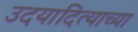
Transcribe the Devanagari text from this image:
उदयादित्याच्या